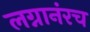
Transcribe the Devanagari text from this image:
लग्नानंरच